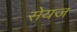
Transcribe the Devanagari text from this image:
सेयज